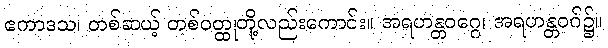
ဧကာဒသ၊ တစ်ဆယ့် တစ်ဝတ္ထုတို့လည်းကောင်း။ အရဟန္တဝဂ္ဂေ၊ အရဟန္တဝဂ်၌။